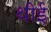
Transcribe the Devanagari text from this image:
थीई